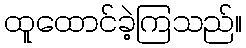
ထူထောင်ခဲ့ကြသည်။